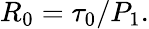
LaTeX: \begin{array}{r}{R_{0}=\tau_{0}/P_{1}.}\end{array}